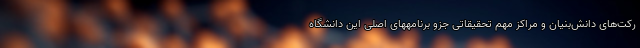
رکت‌های دانش‌بنیان و مراکز مهم تحقیقاتی جزو برنامههای اصلی این دانشگاه